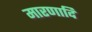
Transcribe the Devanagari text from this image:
मारणादि